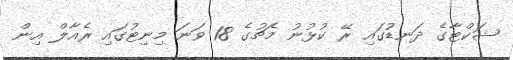
ޝަކްޓާގެ ދަނޑުގައި ރޭ ކުޅުނު މެޗުގެ 18 ވަނަ މިނިޓުގައި ރެއާލް އިން